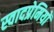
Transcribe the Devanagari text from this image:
स्वादप्रेमियों